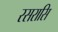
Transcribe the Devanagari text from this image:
रसरासि